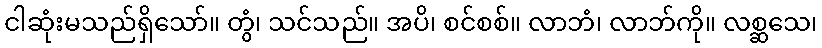
ငါဆုံးမသည်ရှိသော်။ တွံ၊ သင်သည်။ အပိ၊ စင်စစ်။ လာဘံ၊ လာဘ်ကို။ လစ္ဆသေ၊